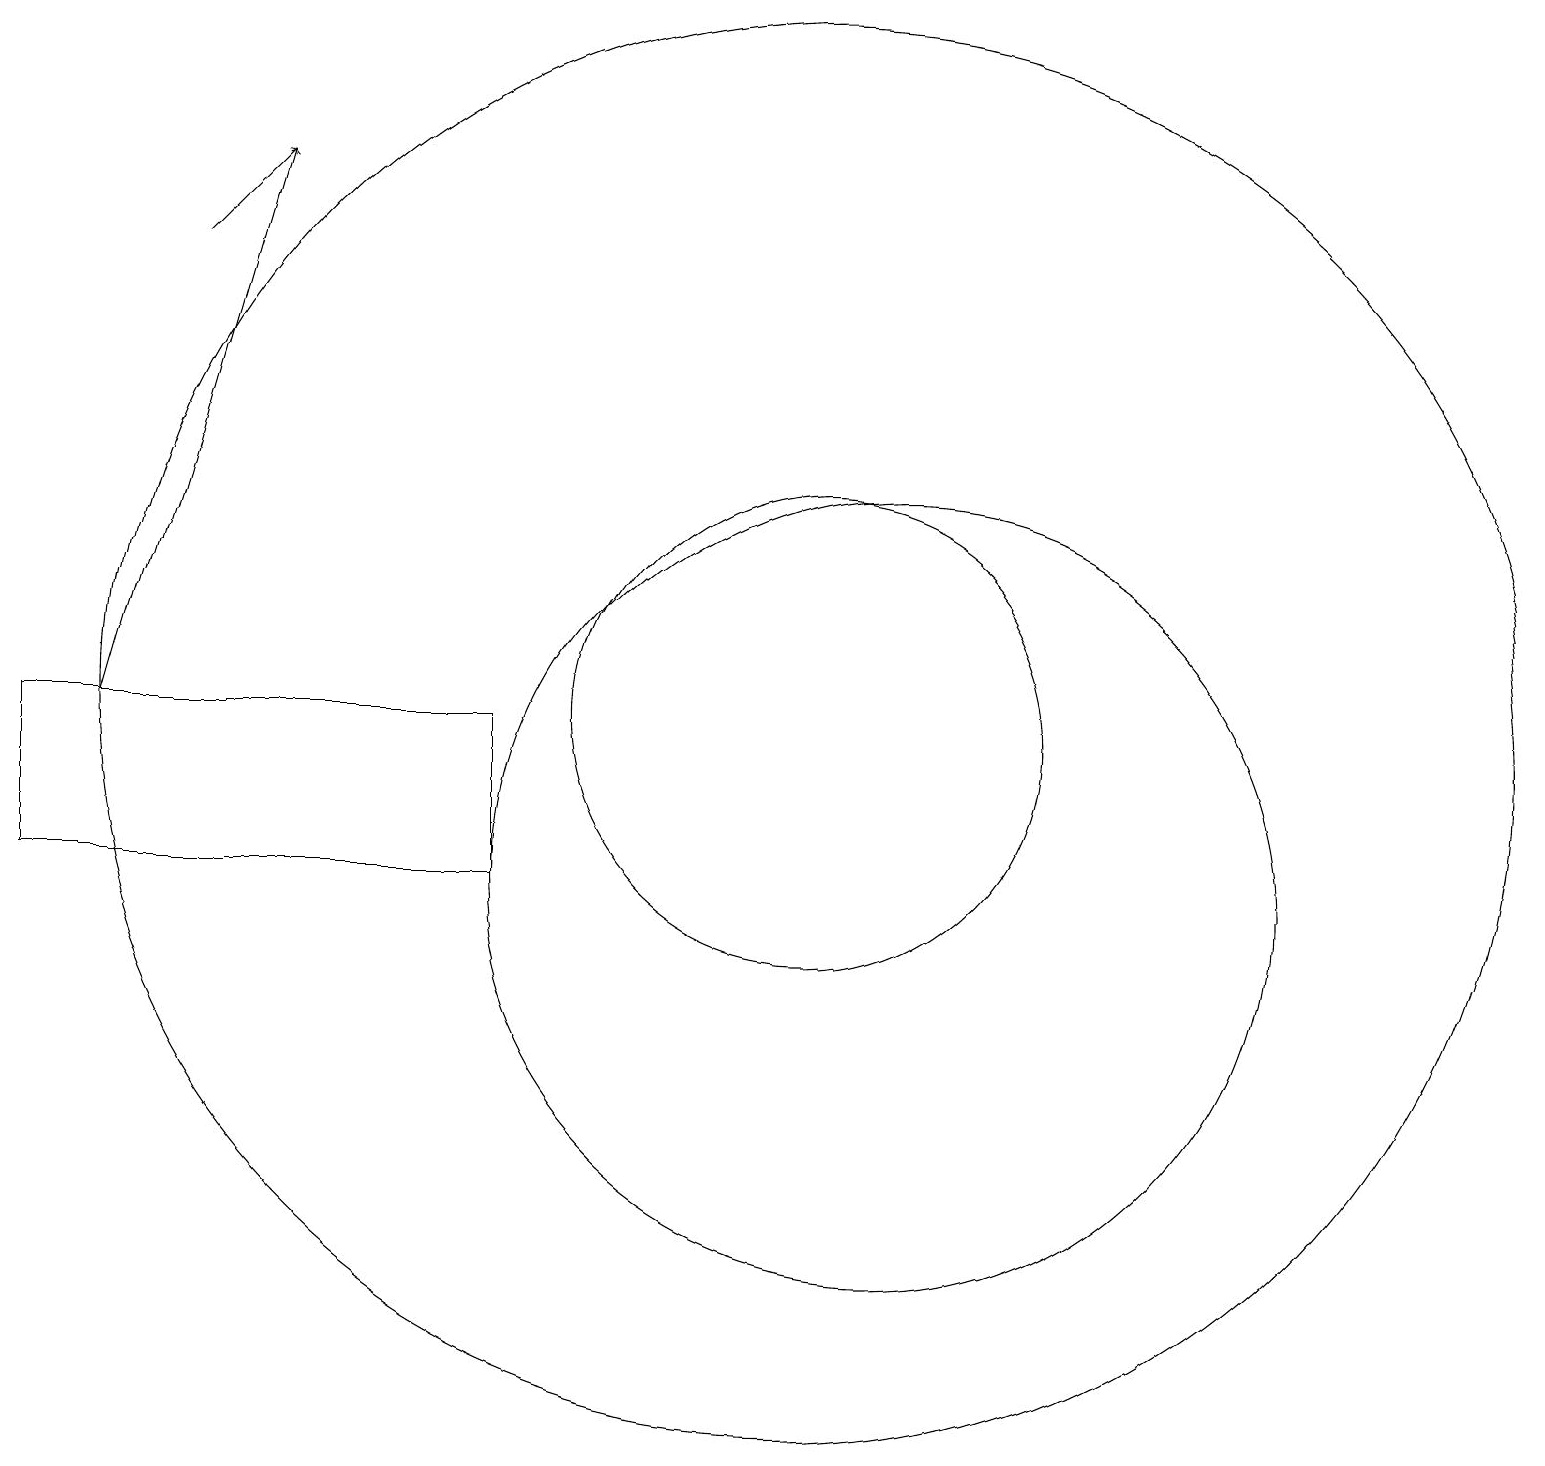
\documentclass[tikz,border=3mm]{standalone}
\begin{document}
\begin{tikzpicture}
\draw (11,12) circle (3);
\draw (11,12) circle (9);
\draw (7,10) rectangle (1,12);
\draw[->] (3,18) -- (4,19);
\draw[->] (2,12) -- (4,19);
\draw (12,10) circle (5);
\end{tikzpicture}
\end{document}